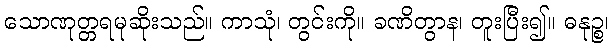
သောဏုတ္တရမုဆိုးသည်။ ကာသုံ၊ တွင်းကို။ ခဏိတွာန၊ တူးပြီး၍။ ဓနုဉ္စ၊